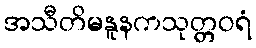
အသီတိမနူနကသုတ္တဝရံ